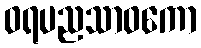
ဝရပညသာဝကော